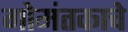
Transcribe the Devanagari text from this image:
गोमंतकाचे